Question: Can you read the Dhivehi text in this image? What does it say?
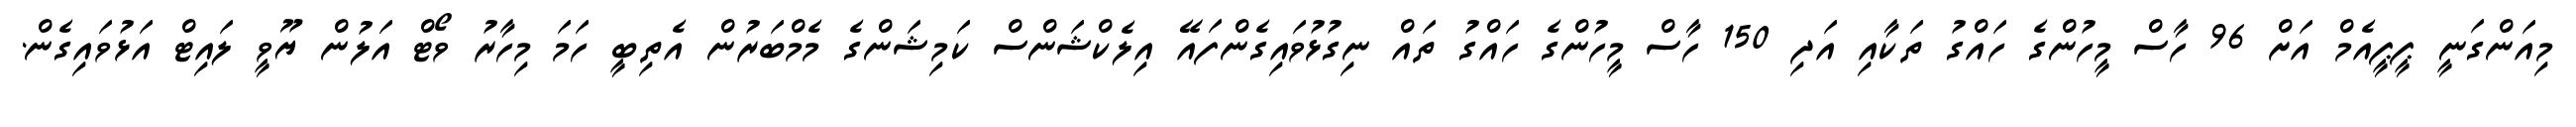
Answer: މިއަންގަނީ ޕީޕީއެމް އަށް 96 ހާސް މީހުންގެ ހައްގު ތަކާއި އަދި 150 ހާސް މީހުންގެ ހައްގު ތައް ނިގުޅުވައިގެންފައޭ އިލެކްޝަންސް ކަމިޝަންގެ މެމްބަރުން އެތިބީ ހަމަ މިހާރު ވޯޓް އަލުން ޔޫވީ ލައިޓް އަޅުވައިގެން.